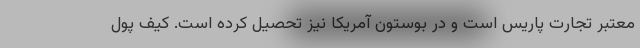
معتبر تجارت پاریس است و در بوستون آمریکا نیز تحصیل کرده است. کیف پول